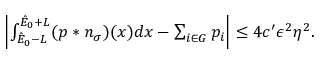
\begin{array} { r } { \left| \int _ { \hat { E } _ { 0 } - L } ^ { \hat { E } _ { 0 } + L } ( p \ast n _ { \sigma } ) ( x ) d x - \sum _ { i \in G } p _ { i } \right| \leq 4 c ^ { \prime } \epsilon ^ { 2 } \eta ^ { 2 } . } \end{array}